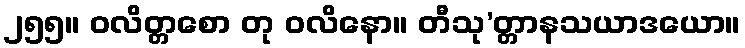
၂၅၅။ ဝလိတ္တစော တု ဝလိနော။ တီသု’တ္တာနသယာဒယော။